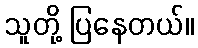
သူတို့ ပြနေတယ်။